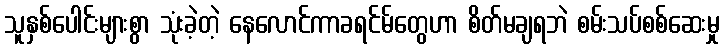
သူနှစ်ပေါင်းများစွာ သုံးခဲ့တဲ့ နေလောင်ကာခရင်မ်တွေဟာ စိတ်မချရဘဲ စမ်းသပ်စစ်ဆေးမှု